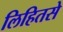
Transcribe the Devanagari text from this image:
लिहितसे